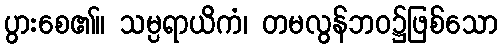
ပွားစေ၏။ သမ္ပရာယိကံ၊ တမလွန်ဘဝ၌ဖြစ်သော